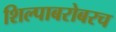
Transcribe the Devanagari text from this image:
शिल्पाबरोबरच